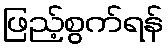
ဖြည့်စွက်ရန်